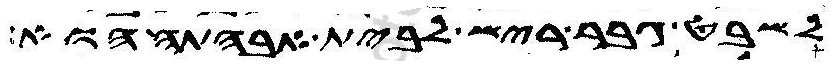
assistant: לשבט גבר ריש לבית אבהתה הוא